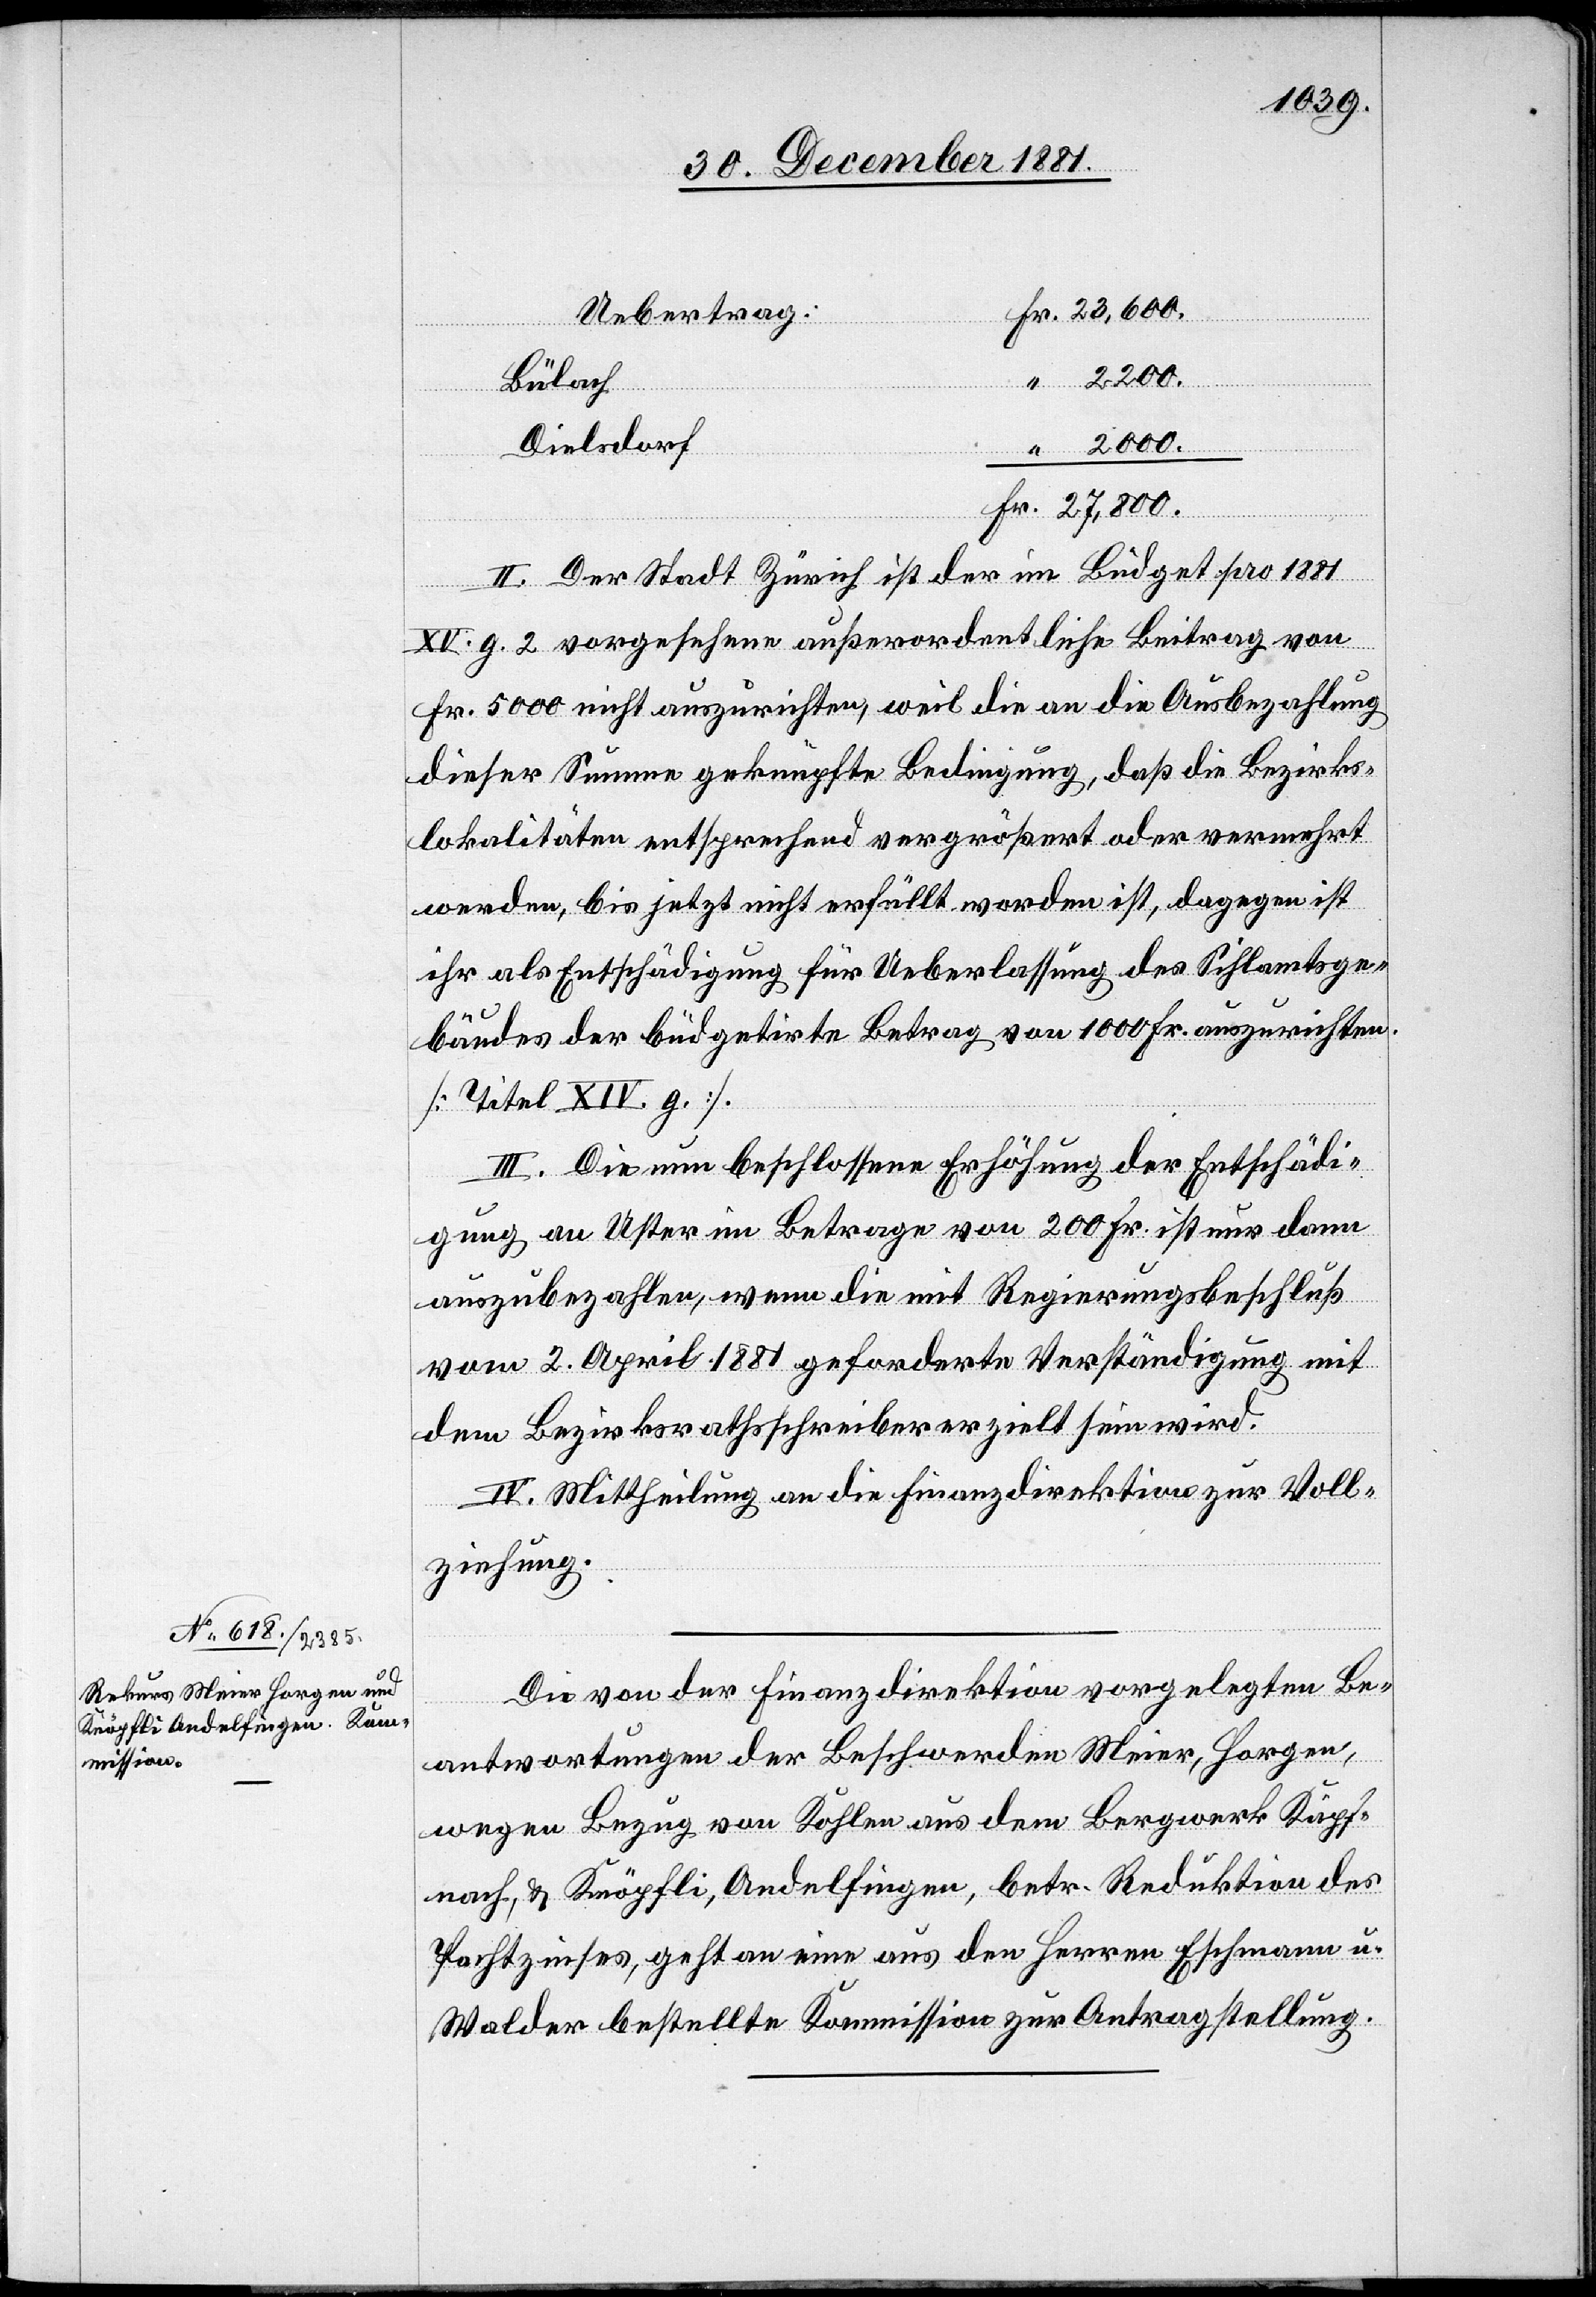
Bülach
Fr.
Dielsdorf
2000.
Fr.
II. Der Stadt Zürich ist der im Büdget pro 1881
XV. g 2. vorgesehene außerordentliche Beitrag von
Fr. 5000 nicht auszurichten, weil die an die Ausbezahlung
dieser Summe geknüpfte Bedingung, daß die Bezirks¬
lokalitäten entsprechend vergrößert oder vermehrt
werden, bis jetzt nicht erfüllt worden ist, dagegen ist
ihr als Entschädigung für Ueberlassung des Sihlamtsge¬
bäudes der büdgetirte Betrag von 1000 Fr. auszurichten.
[Titel XIV. g.].
III. Die nun beschlossene Erhöhung der Entschädi¬
gung an Uster im Betrage von 200 Fr. ist nur dann
auszubezahlen, wenn die mit Regierungsbeschluß
vom 2. April 1881 geforderte Verständigung mit
dem Bezirksrathsschreiber erzielt sein wird.
IV. Mittheilung an die Finanzdirektion zur Voll¬
ziehung.
Die von der Finanzdirektion vorgelegten Be¬
antwortungen der Beschwerden Meier, Horgen,
wegen Bezug von Kohlen aus dem Bergwerk Käpf¬
nach, & Knöpfli, Andelfingen, betr. Reduktion des
Pachtzinses, geht an eine aus den Herren Eschmann u.
Walder bestellte Kommission zur Antragstellung.